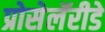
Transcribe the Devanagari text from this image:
प्रोसेलॅरीडे